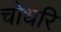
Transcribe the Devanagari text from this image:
चोधरि